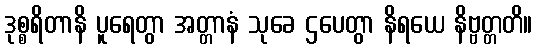
ဒုစ္စရိတာနိ ပူရေတွာ အတ္တာနံ သုခေ ဌပေတွာ နိရယေ နိဗ္ဗတ္တတိ။